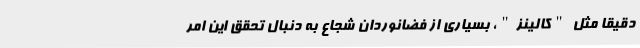
دقیقاً مثل "کالینز"، بسیاری از فضانوردان شجاع به دنبال تحقق این امر